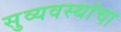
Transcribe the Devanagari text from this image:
सुव्यवस्थांचा